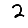
Digit: 2